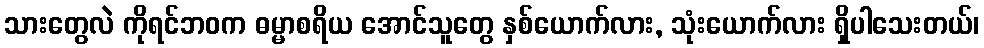
သားတွေလဲ ကိုရင်ဘဝက ဓမ္မာစရိယ အောင်သူတွေ နှစ်ယောက်လား, သုံးယောက်လား ရှိပါသေးတယ်၊